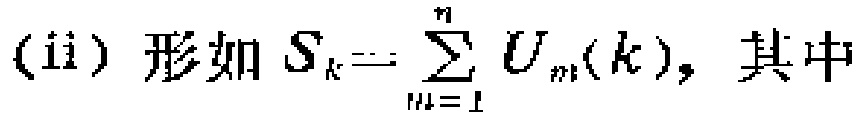
(ii) 形如 \(S_{k}=\sum_{m = 1}^{n} U_{m}(k)\)，其中